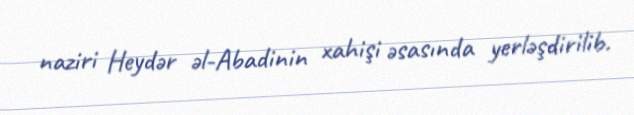
naziri Heydər əl-Abadinin xahişi əsasında yerləşdirilib.